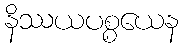
နိဿယပစ္စယေန